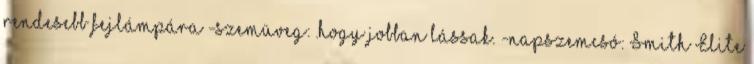
rendesebb fejlámpára -szemüveg: .hogy jobban lássak. -napszemcsó: Smith Elite